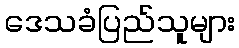
ဒေသခံပြည်သူများ